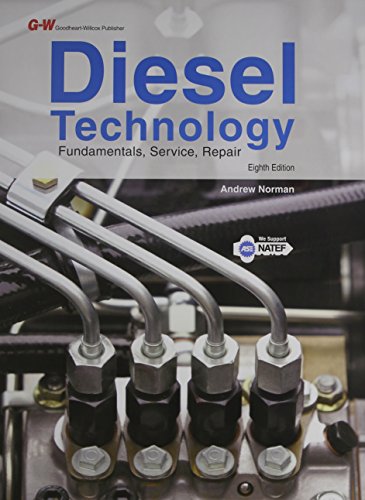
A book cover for Diesel Technology; John "Drew" Corinchock; Engineering & Transportation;